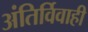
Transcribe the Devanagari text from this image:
अंतिर्विवाही